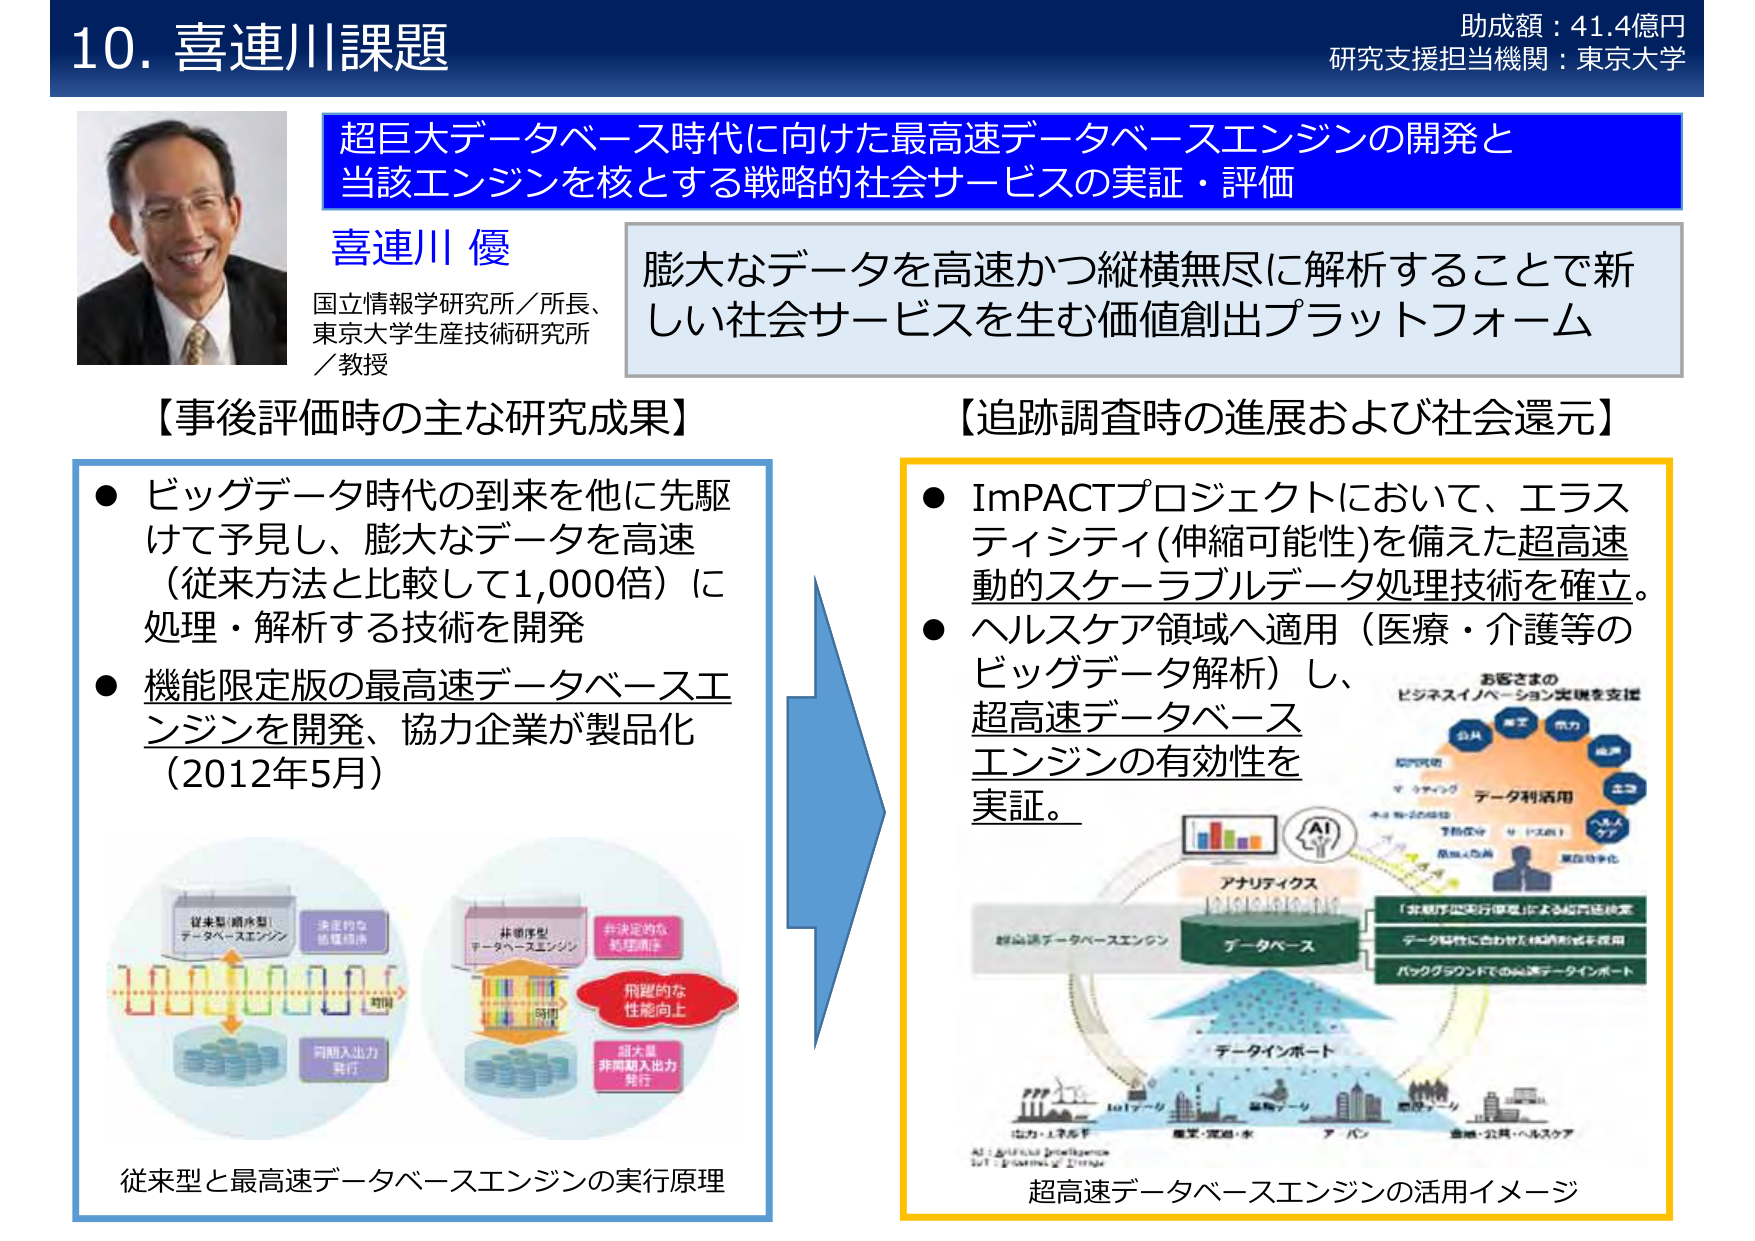
10. 喜連川課題
助成額：41.4億円
研究支援担当機関：東京大学

超巨大データベース時代に向けた最高速データベースエンジンの開発と
当該エンジンを核とする戦略的社会サービスの実証・評価

喜連川 優
国立情報学研究所／所長、
東京大学生産技術研究所
／教授

膨大なデータを高速かつ縦横無尽に解析することで新
しい社会サービスを生む価値創出プラットフォーム

【事後評価時の主な研究成果】
● ビッグデータ時代の到来を他に先駆
けて予見し、膨大なデータを高速
（従来方法と比較して1,000倍）に
処理・解析する技術を開発
● 機能限定版の最高速データベースエンジンを開発、協力企業が製品化
（2012年5月）

従来型と最高速データベースエンジンの実行原理
従来型（順序型）
データベースエンジン
決定的な
処理順序
同期入出力
発行
非順序型
データベースエンジン
非決定的な
処理順序
飛躍的な
性能向上
超大量
非同期入出力
発行

【追跡調査時の進展および社会還元】
● ImPACTプロジェクトにおいて、エラスティシティ（伸縮可能性）を備えた超高速動的スケーラブルデータ処理技術を確立。
● ヘルスケア領域へ適用（医療・介護等のビッグデータ解析）し、
超高速データベースエンジンの有効性を実証。

お客様の
ビジネスイノベーション実現を支援
公共
産業
農業
水力
風力
太陽
データ利活用
AI
アナリティクス
超高速データベースエンジン
データベース
「非順序型実行モデル」による超高速処理
データ特性に合わせた格納形式を採用
バックグラウンドでの高速データインポート
データインポート
PPP
IoTデバイス
産業・流通・水
アパレル
金融・公共・ヘルスケア
AI：Artificial Intelligence
IoT：Internet of Things

超高速データベースエンジンの活用イメージ